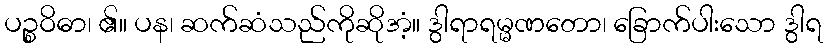
ပဉ္စဝိဓာ၊ ၏။ ပန၊ ဆက်ဆံသည်ကိုဆိုအံ့။ ဒွါရာရမ္မဏတော၊ ခြောက်ပါးသော ဒွါရ